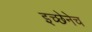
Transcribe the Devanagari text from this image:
इच्छेनेच